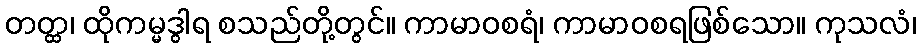
တတ္ထ၊ ထိုကမ္မဒွါရ စသည်တို့တွင်။ ကာမာဝစရံ၊ ကာမာဝစရဖြစ်သော။ ကုသလံ၊